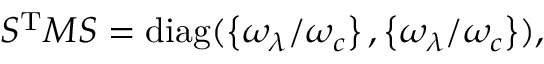
\begin{array} { r } { S ^ { \mathrm { T } } M S = \mathrm { d i a g } ( \left\{ \omega _ { \lambda } / \omega _ { c } \right\} , \left\{ \omega _ { \lambda } / \omega _ { c } \right\} ) , } \end{array}